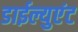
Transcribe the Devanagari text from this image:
डाईल्युएंट